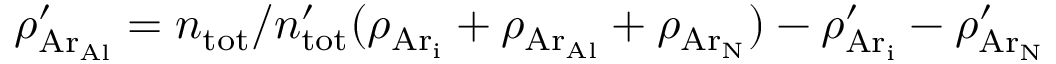
\rho _ { \mathrm { A r _ { A l } } } ^ { \prime } = n _ { \mathrm { t o t } } / n _ { \mathrm { t o t } } ^ { \prime } ( \rho _ { \mathrm { A r _ { i } } } + \rho _ { \mathrm { A r _ { A l } } } + \rho _ { \mathrm { A r _ { N } } } ) - \rho _ { \mathrm { A r _ { i } } } ^ { \prime } - \rho _ { \mathrm { A r _ { N } } } ^ { \prime }